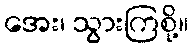
အေး၊ သွားကြစို့။